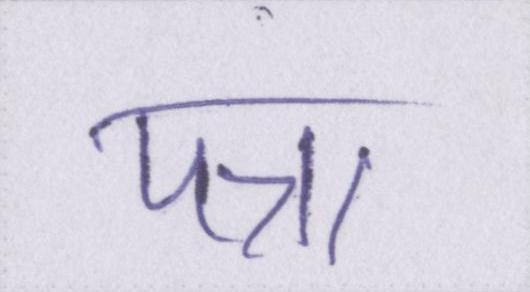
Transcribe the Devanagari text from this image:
पन्ना